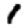
Digit: 1